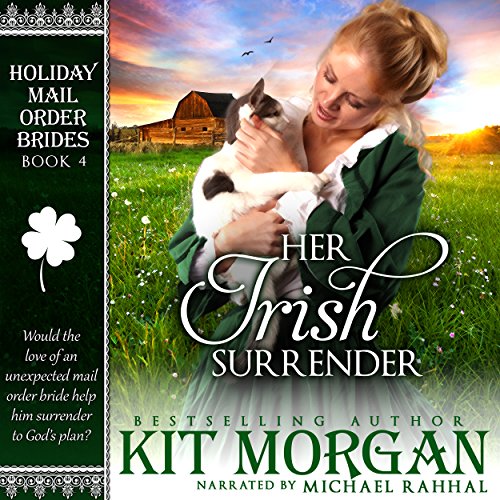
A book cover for Her Irish Surrender: Holiday Mail Order Brides, Book Four; Kit Morgan; Romance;